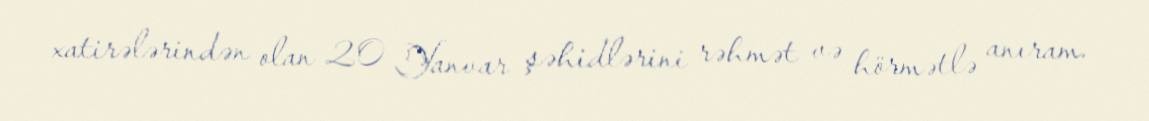
xatirələrindən olan 20 Yanvar şəhidlərini rəhmət və hörmətlə anıram.